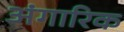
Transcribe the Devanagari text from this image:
अंगारिक